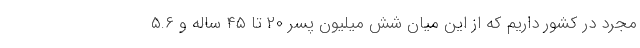
مجرد در کشور داریم که از این میان شش میلیون پسر ۲۰ تا ۴۵ ساله و ۵.۶